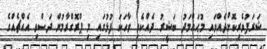
ޝަރަފުވެރިކޮށްދެއްވައި މުޙައްމަދު ބަޝީރު ދެއްކެވި ވާހަކަ ފުޅުގައި މި ޕްރޮގްރާމުން ދަސްވި އެއްޗެއްގެ